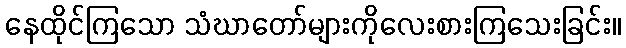
နေထိုင်ကြသော သံဃာတော်များကိုလေးစားကြသေးခြင်း။